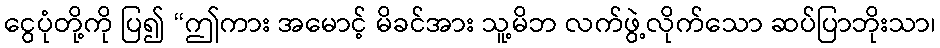
ငွေပုံတို့ကို ပြ၍ “ဤကား အမောင့် မိခင်အား သူ့မိဘ လက်ဖွဲ့လိုက်သော ဆပ်ပြာဘိုးသာ၊